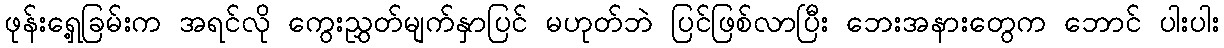
ဖုန်းရှေ့ခြမ်းက အရင်လို ကွေးညွှတ်မျက်နှာပြင် မဟုတ်ဘဲ ပြင်ဖြစ်လာပြီး ဘေးအနားတွေက ဘောင် ပါးပါး